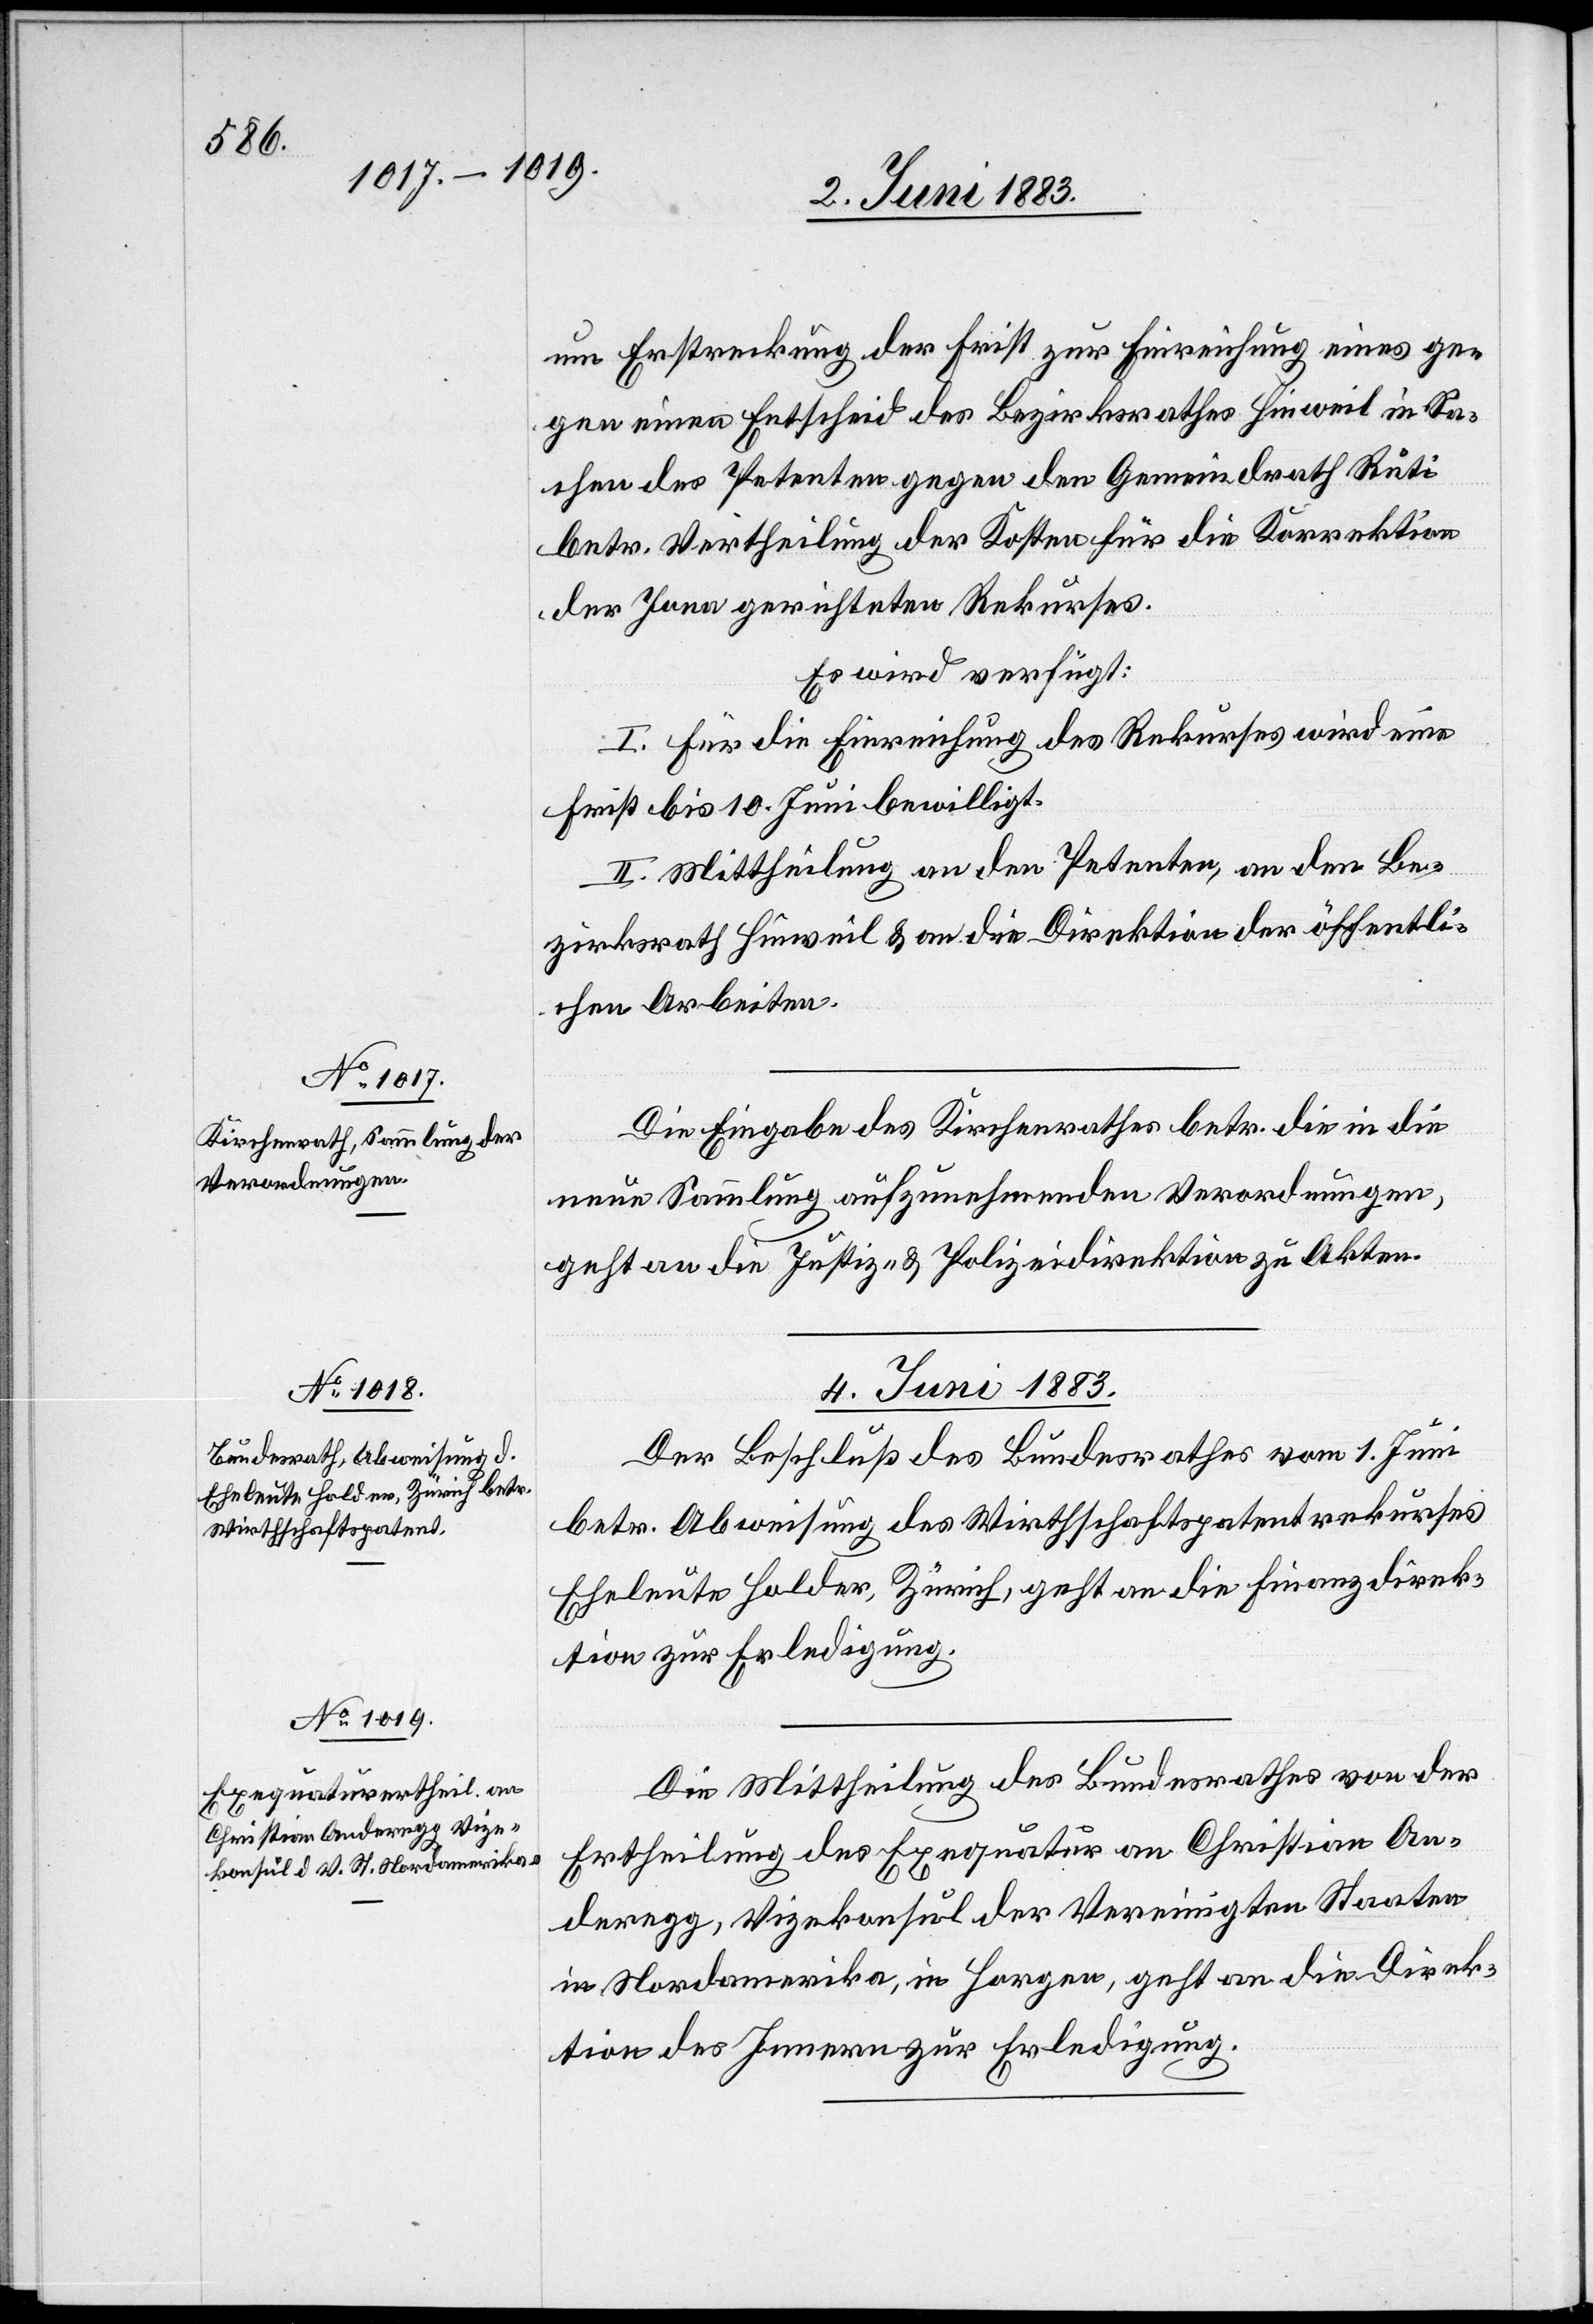
2. Juni 1883.]
um Erstreckung der Frist zur Einreichung eines ge¬
gen einen Entscheid des Bezirksrathes Hinweil in Sa¬
chen des Petenten gegen den Gemeindrath Rüti
betr. Vertheilung der Kosten für die Korrektion
der Jena gerichteten Rekurses.
Es wird verfügt:
I. Für die Einreichung des Rekurses wird eine
Frist bis 10. Juni bewilligt.
II. Mittheilung an den Petenten, an den Be¬
zirksrath Hinweil & an die Direktion der öffentli¬
chen Arbeiten.
Die Eingabe des Kirchenrathes betr. die in die
neue Sammlung aufzunehmenden Verordnungen,
geht an die Justiz- & Polizeidirektion zu Akten.
4. Juni 1883.]
Der Beschluß des Bundesrathes vom 1. Juni
betr. Abweisung des Wirthschaftspatentrekurses
Eheleute Holder, Zürich, geht an die Finanzdirek¬
tion zur Erledigung.
Die Mittheilung des Bundesrathes von der
Ertheilung der Exequatur an Christian An¬
deregg, Vizekonsul der Vereinigten Staaten
in Nordamerika, in Horgen, geht an die Direk¬
tion des Innern zur Erledigung.